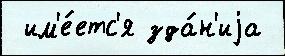
 им'е́етс'я зда́н'иjа